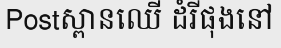
Postស្ពានឈើ ដំរីផុងនៅ